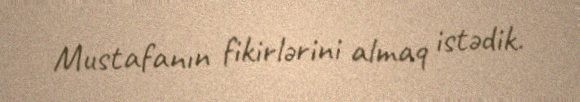
Mustafanın fikirlərini almaq istədik.